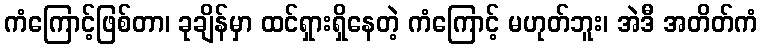
ကံကြောင့်ဖြစ်တာ၊ ခုချိန်မှာ ထင်ရှားရှိနေတဲ့ ကံကြောင့် မဟုတ်ဘူး၊ အဲဒီ အတိတ်ကံ